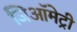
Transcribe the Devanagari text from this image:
जिऑमेट्री